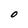
Character: O